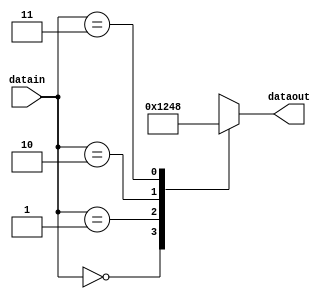
module data_sel(datain,dataout);
input [1:0]datain;
output [3:0]dataout;
reg [3:0]data_selected;
always @(datain) begin
    case(datain)
    2'b00:data_selected = 4'b0001;
    2'b01:data_selected = 4'b0010;
    2'b10:data_selected = 4'b0100;
    2'b11:data_selected = 4'b1000;
    default:data_selected = 4'bzzzz;
    endcase
end
assign  dataout = data_selected;
endmodule